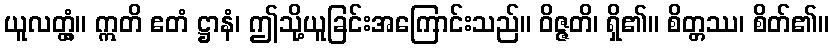
ယူလတ္တံ့။ ဣတိ ဧတံ ဋ္ဌာနံ၊ ဤသို့ယူခြင်းအကြောင်းသည်။ ဝိဇ္ဇတိ၊ ရှိ၏။ စိတ္တဿ၊ စိတ်၏။